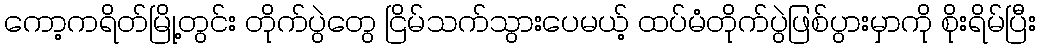
ကော့ကရိတ်မြို့တွင်း တိုက်ပွဲတွေ ငြိမ်သက်သွားပေမယ့် ထပ်မံတိုက်ပွဲဖြစ်ပွားမှာကို စိုးရိမ်ပြီး